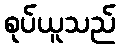
စုပ်ယူသည်